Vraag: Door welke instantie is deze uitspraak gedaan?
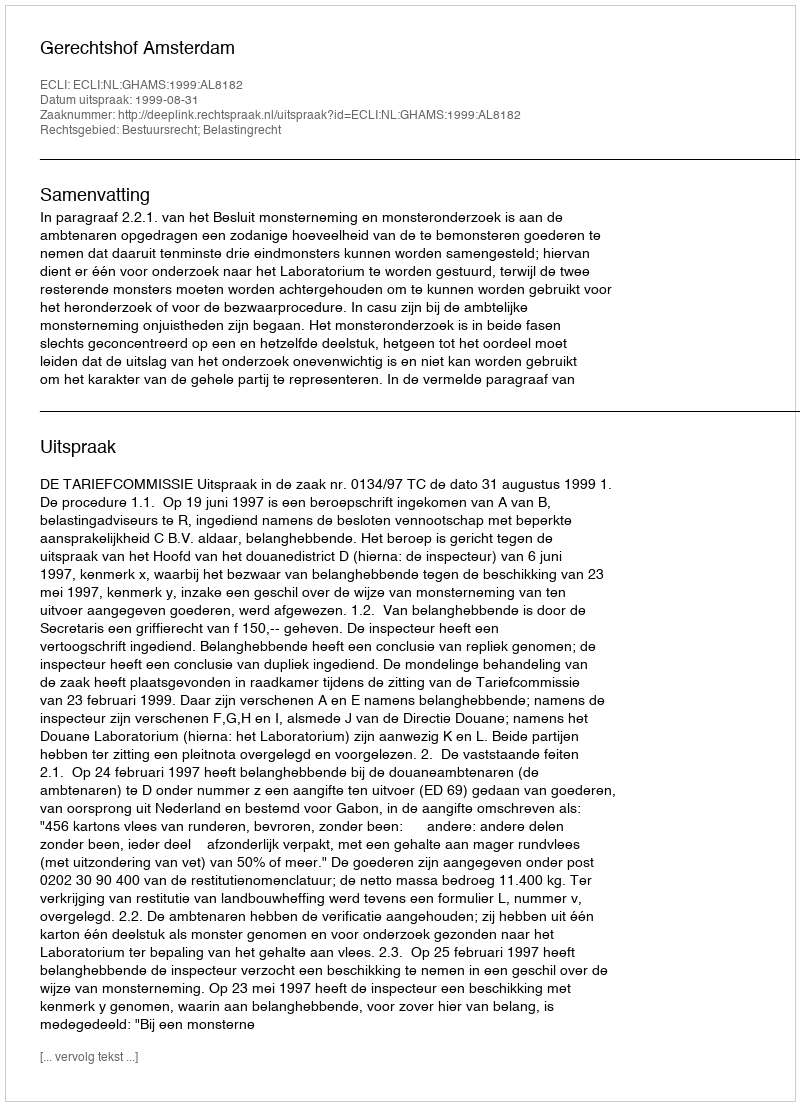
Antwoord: Gerechtshof Amsterdam